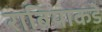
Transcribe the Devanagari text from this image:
राबियाकडे